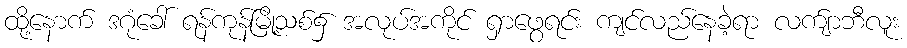
ထို့နောက် ဒဂုံခေါ် ရန်ကုန်မြို့သစ်၌ အလုပ်အကိုင် ရှာဖွေရင်း ကျင်လည်နေခဲ့ရာ လက်ျာဘီလူး